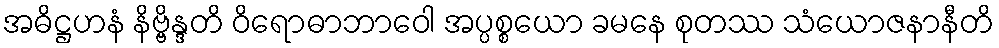
အဓိဋ္ဌဟနံ နိဗ္ဗိန္ဒတိ ဝိရောဓာဘာဝေါ အပ္ပစ္စယော ခမနေ စုတဿ သံယောဇနာနီတိ